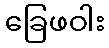
ခြေဖဝါး